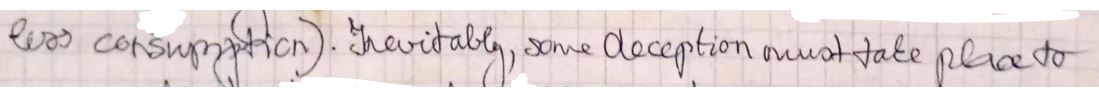
less consumption ). Inevitably, some deception must take plans to